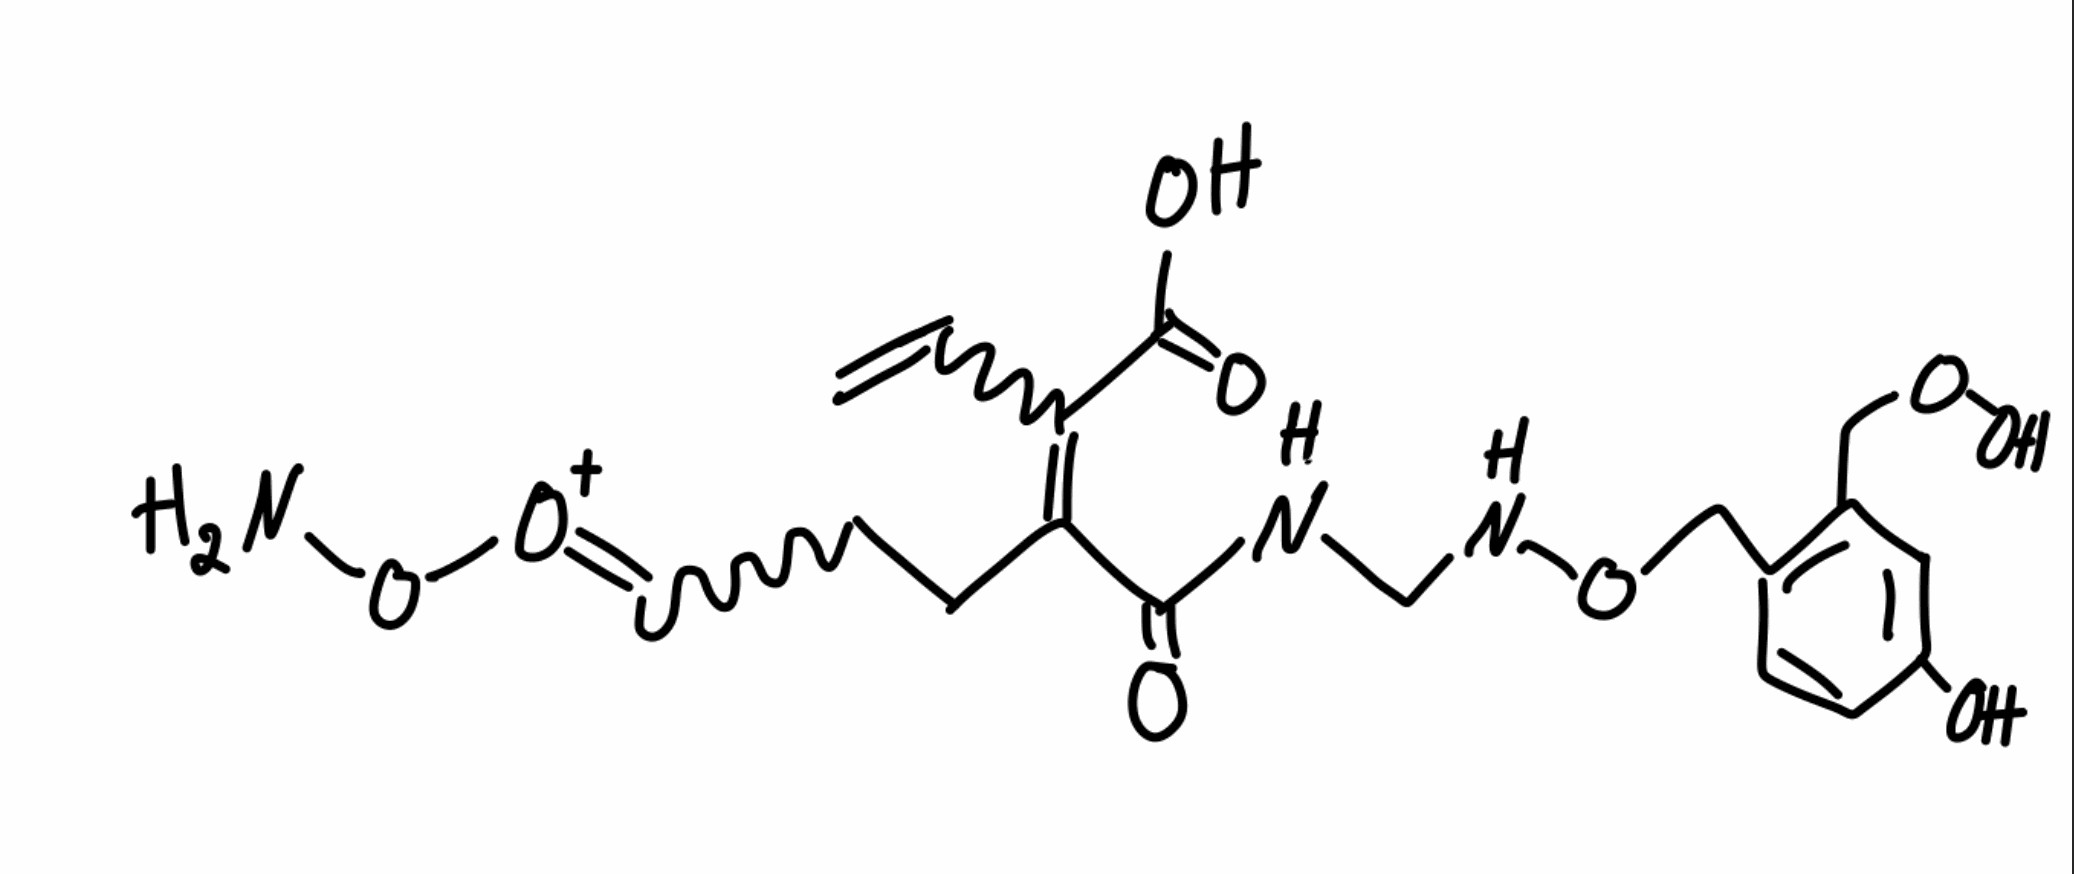
Simplified molecular-input line-entry system (SMILES) notation of the given molecule:
C=CC(=C(C=CC=[O+]ON)C(=O)NCNOCC1=C(C=C(C=C1)O)COO)C(=O)O